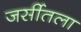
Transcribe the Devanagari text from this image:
जर्सीतला